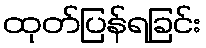
ထုတ်ပြန်ရခြင်း